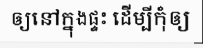
ឲ្យនៅក្នុងផ្ទះ ដើម្បីកុំឲ្យ